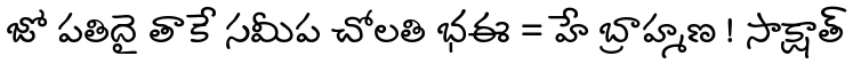
జో పతిదై తాకే సమీప చోలతి భఈ = హే బ్రాహ్మణ ! సాక్షాత్